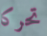
تحركا